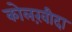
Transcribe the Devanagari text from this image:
कोलख़ीदा